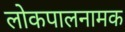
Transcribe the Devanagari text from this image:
लोकपालनामक